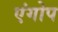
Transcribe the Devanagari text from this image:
एंगोप